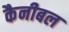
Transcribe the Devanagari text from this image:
कैनीबल